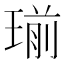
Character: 瑐